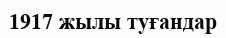
1917 жылы туғандар